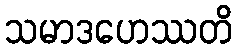
သမာဒဟေဿတိ